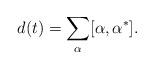
LaTeX: \begin{align*}d(t)=\sum_\alpha [\alpha, \alpha^*].\end{align*}